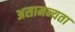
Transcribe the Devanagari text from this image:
असामन्यता